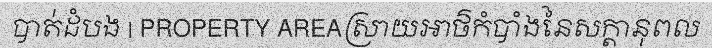
បាត់ដំបង | PROPERTY AREAស្រាយអាថ៌កំបាំងនៃសក្តានុពល